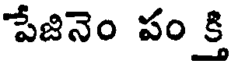
పేజినెం పం క్తి